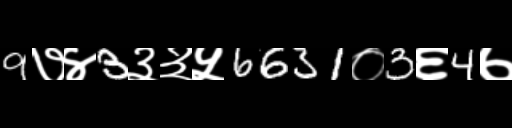
Text: 9७४3३३५6631०3६4७